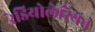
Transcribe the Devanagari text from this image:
रेडियोलेरियन